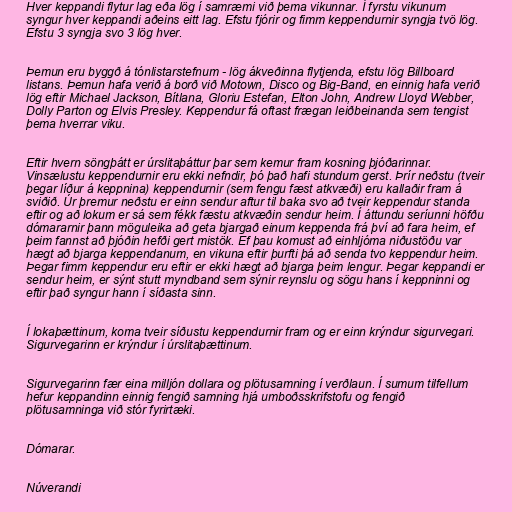
Hver keppandi flytur lag eða lög í samræmi við þema vikunnar. Í fyrstu vikunum
syngur hver keppandi aðeins eitt lag. Efstu fjórir og fimm keppendurnir syngja tvö lög.
Efstu 3 syngja svo 3 lög hver.

Þemun eru byggð á tónlistarstefnum - lög ákveðinna flytjenda, efstu lög Billboard
listans. Þemun hafa verið á borð við Motown, Disco og Big-Band, en einnig hafa verið
lög eftir Michael Jackson, Bítlana, Gloriu Estefan, Elton John, Andrew Lloyd Webber,
Dolly Parton og Elvis Presley. Keppendur fá oftast frægan leiðbeinanda sem tengist
þema hverrar viku.

Eftir hvern söngþátt er úrslitaþáttur þar sem kemur fram kosning þjóðarinnar.
Vinsælustu keppendurnir eru ekki nefndir, þó það hafi stundum gerst. Þrír neðstu (tveir
þegar líður á keppnina) keppendurnir (sem fengu fæst atkvæði) eru kallaðir fram á
sviðið. Úr þremur neðstu er einn sendur aftur til baka svo að tveir keppendur standa
eftir og að lokum er sá sem fékk fæstu atkvæðin sendur heim. Í áttundu seríunni höfðu
dómararnir þann möguleika að geta bjargað einum keppenda frá því að fara heim, ef
þeim fannst að þjóðin hefði gert mistök. Ef þau komust að einhljóma niðustöðu var
hægt að bjarga keppendanum, en vikuna eftir þurfti þá að senda tvo keppendur heim.
Þegar fimm keppendur eru eftir er ekki hægt að bjarga þeim lengur. Þegar keppandi er
sendur heim, er sýnt stutt myndband sem sýnir reynslu og sögu hans í keppninni og
eftir það syngur hann í síðasta sinn.

Í lokaþættinum, koma tveir síðustu keppendurnir fram og er einn krýndur sigurvegari.
Sigurvegarinn er krýndur í úrslitaþættinum.

Sigurvegarinn fær eina milljón dollara og plötusamning í verðlaun. Í sumum tilfellum
hefur keppandinn einnig fengið samning hjá umboðsskrifstofu og fengið
plötusamninga við stór fyrirtæki.

Dómarar.

Núverandi